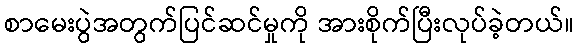
စာမေးပွဲအတွက်ပြင်ဆင်မှုကို အားစိုက်ပြီးလုပ်ခဲ့တယ်။